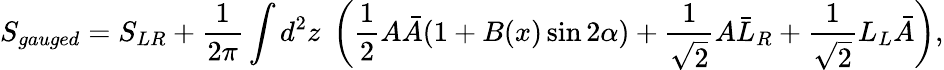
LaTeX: S_{gauged}=S_{LR}+\frac{1}{2\pi}\int d^{2}z\; \left(\frac{1}{2}A\bar{A}(1+B(x)\sin 2\alpha)+\frac{1}{\sqrt{2}}A\bar{L}_{R}+\frac{1}{\sqrt{2}}L_{L}\bar{A}\right),